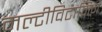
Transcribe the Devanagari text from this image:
मल्टीविटामिन